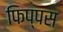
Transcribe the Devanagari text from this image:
फिप्पस